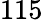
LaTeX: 115